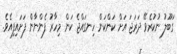
ގަބޫލު ނުކުރެވޭ ދަރަޖަ އަށް ކަންކަން ހިނގައްޖެ ކަން މިހާރު ފެންނާން ފަށައިފިއެވެ.